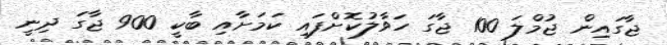
ޖާގައިން ޖުމްލަ 100 ޖާގަ ހަވާލުކޮށްފައި ކަމަށާއި ބާކީ 900 ޖާގަ ދިނީ